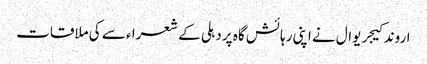
اروند کیجریوال نے اپنی رہائش گاہ پر دہلی کے شعرا ء سے کی ملاقات